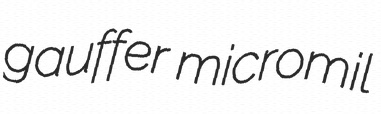
gauffer micromil